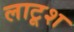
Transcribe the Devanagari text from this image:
लाटूश